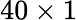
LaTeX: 40\times 1